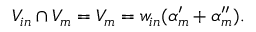
V _ { i n } \cap V _ { m } = V _ { m } = w _ { i n } ( \alpha _ { m } ^ { \prime } + \alpha _ { m } ^ { \prime \prime } ) .